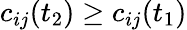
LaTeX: c_{ij}(t_{2})\geq c_{ij}(t_{1})